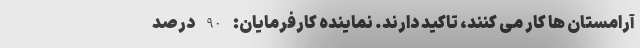
آرامستان ها کار می کنند، تاکید دارند. نماینده کارفرمایان: 90 درصد